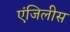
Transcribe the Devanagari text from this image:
एंजिलीस